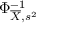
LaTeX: \Phi _ { { \overline { { X } } } , s ^ { 2 } } ^ { - 1 }